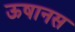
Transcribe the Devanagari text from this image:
ऊषानस